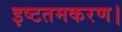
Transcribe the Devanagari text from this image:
इष्टतमकरण।